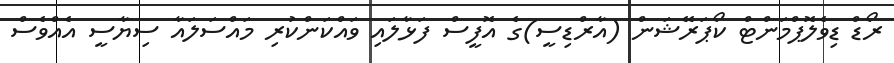
ރޯޑް ޑިވެލޮޕްމަންޓް ކޯޕަރޭޝަން (އާރްޑިސީ)ގެ އޮފީސް ފަޅާލައި ވައްކަންކުރި މައްސަލައާ ސިޔާސީ އެއްވެސް